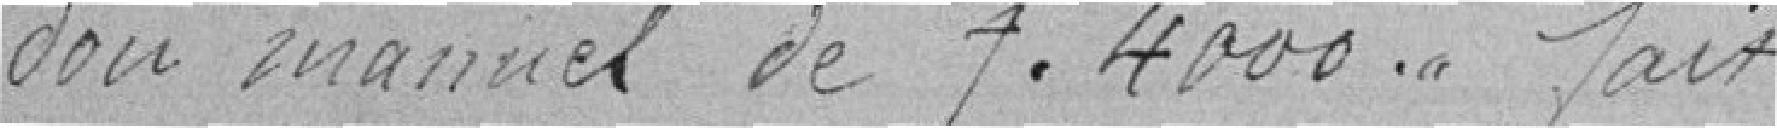
don manuel de 4000 francs fait